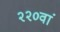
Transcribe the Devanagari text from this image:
२२०वां